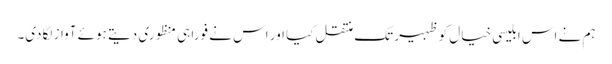
ہم نے اس ابلیسی خیال کو ظہیر تک منتقل کیا اور اس نے فورا ہی منظوری دیتے ہوئے آواز لگادی۔